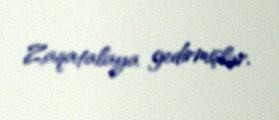
Zaqatalaya gedirmişlər.